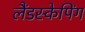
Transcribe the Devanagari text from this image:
लैंडस्केपिंग